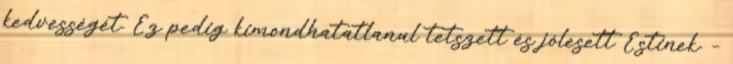
kedvességét. Ez pedig kimondhatatlanul tetszett és jólesett Estinek. –